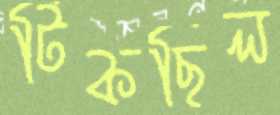
টিকছিল